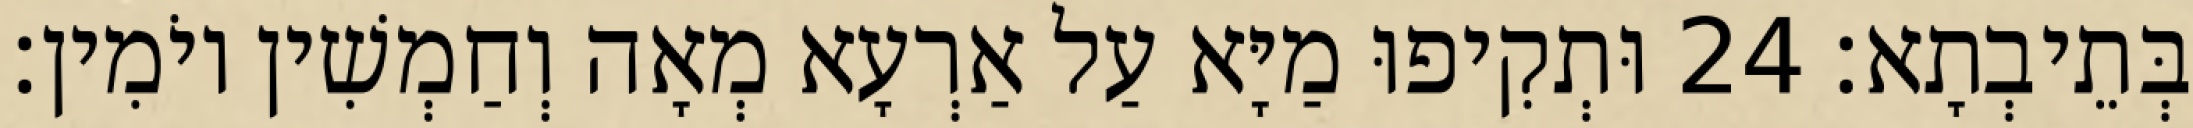
בְּתֵיבְתָא׃ 24 וּתְקִיפוּ מַיָּא עַל אַרְעָא מְאָה וְחַמְשִׁין יוֹמִין׃